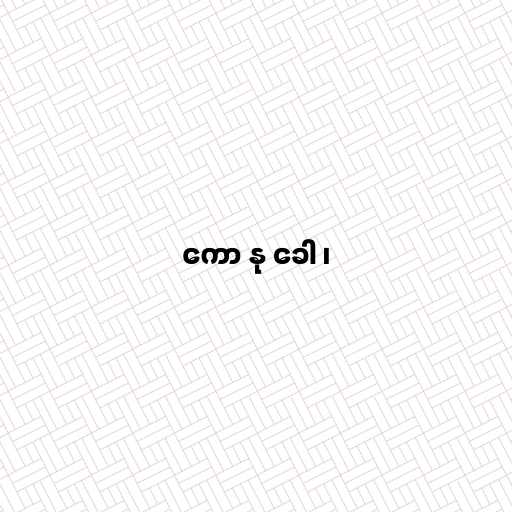
ကော နု ခေါ ၊